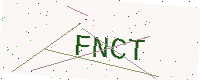
Text: FNCT